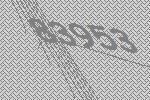
83953